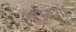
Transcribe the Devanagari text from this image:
भारतशी